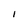
Character: 1